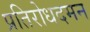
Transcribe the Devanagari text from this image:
प्रतिरोधदमन